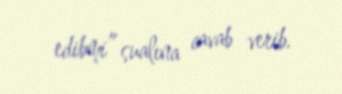
edibmi” sualına cavab verib.